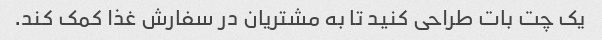
یک چت بات طراحی کنید تا به مشتریان در سفارش غذا کمک کند.